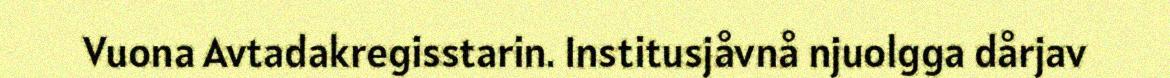
Vuona Avtadakregisstarin. Institusjåvnå njuolgga dårjav